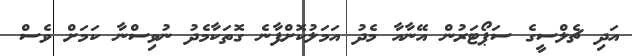
އަދި ޗެލްސީގެ ސަޕޯޓަރުން އޭނާއާ މެދު އަމަލުކޮށްފާނެ ގޮތަކާމެދު ނުވިސްނާ ކަމަށް ވެސް